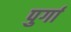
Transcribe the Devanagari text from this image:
पुर्गा